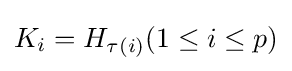
K_{i}=H_{\tau (i)}(1\leq i\leq p)